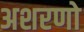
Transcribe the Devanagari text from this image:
अशरणो